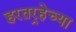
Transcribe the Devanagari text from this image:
हरतर्‍हेच्या